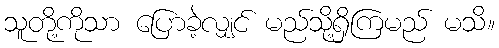
သူတို့ကိုသာ ပြောခဲ့လျှင် မည်သို့ရှိကြမည် မသိ။